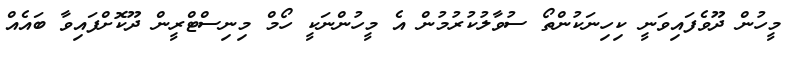
މީހުން ދޫވެފައިވަނީ ކިހިނަކުންތޯ ސުވާލުކުރުމުން އެ މީހުންނަކީ ހޯމް މިނިސްޓްރީން ދޫކޮށްފައިވާ ބައެއް